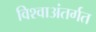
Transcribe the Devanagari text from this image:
विश्वाअंतर्गत